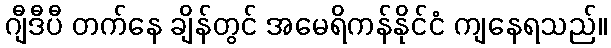
ဂျီဒီပီ တက်နေ ချိန်တွင် အမေရိကန်နိုင်ငံ ကျနေရသည်။